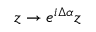
z \to e ^ { i \Delta \alpha } z